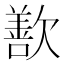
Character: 歚